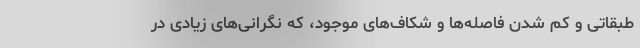
طبقاتی و کم شدن فاصله‌ها و شکاف‌های موجود، که نگرانی‌های زیادی در